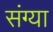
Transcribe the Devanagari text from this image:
संग्या